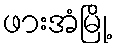
ဖားအံမြို့